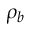
\rho _ { b }